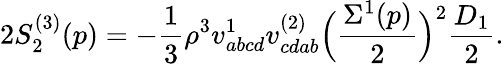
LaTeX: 2S_{2}^{(3)}(p)=-\frac{1}{3}\rho^{3}v_{abcd}^{1}v_{cdab}^{(2)}\Bigl(\frac{\Sigma^{1}(p)}{2}\Bigr)^{2}\frac{D_{1}}{2}.